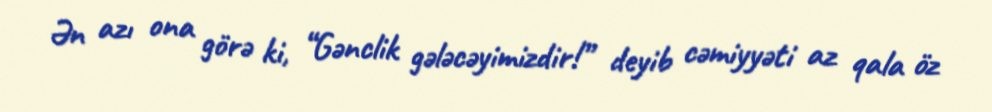
Ən azı ona görə ki, “Gənclik gələcəyimizdir!” deyib cəmiyyəti az qala öz